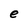
Character: e